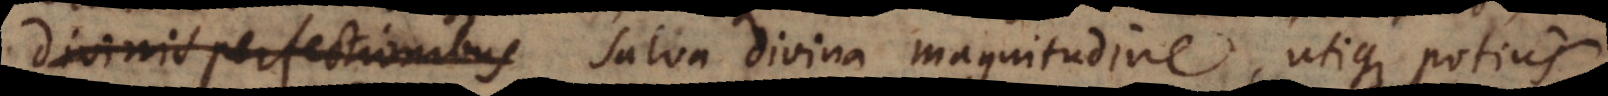
divinis perfectionibus salva divina magnitudine, utique potius